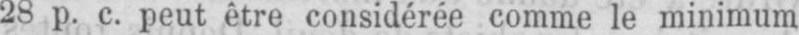
28 p. c. peut être considérée comme le minimum